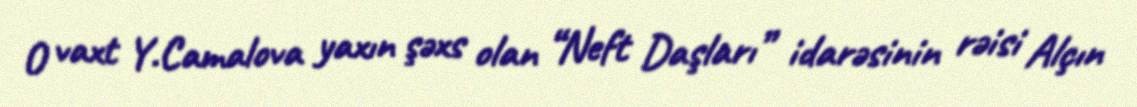
O vaxt Y.Camalova yaxın şəxs olan “Neft Daşları” idarəsinin rəisi Alçın